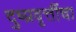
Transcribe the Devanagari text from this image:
दुष्प्रवृत्तींचा